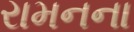
રામનના